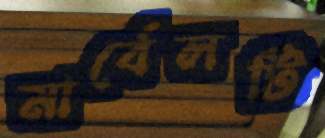
মার্বেলটি